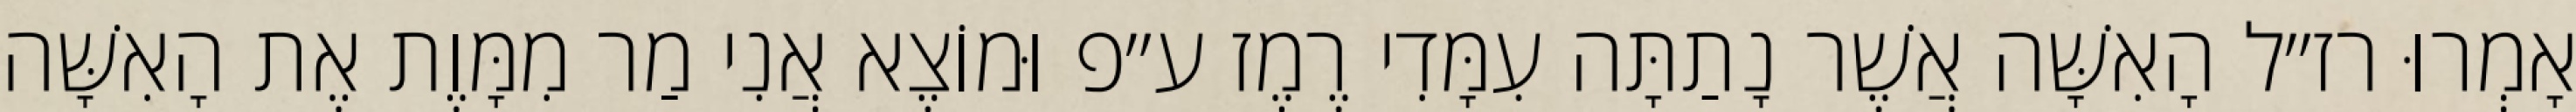
אָמְרוּ רז״ל הָאִשָּׁה אֲשֶׁר נָתַתָּה עִמָּדִי רֶמֶז ע״פ וּמוֹצֶא אֲנִי מַר מִמָּוֶת אֶת הָאִשָּׁה